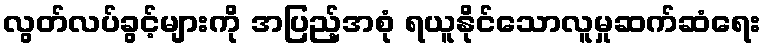
လွတ်လပ်ခွင့်များကို အပြည့်အစုံ ရယူနိုင်သောလူမှုဆက်ဆံရေး